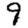
Digit: 9